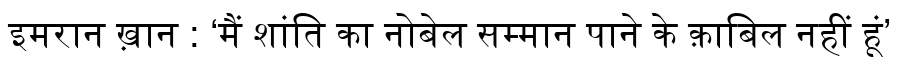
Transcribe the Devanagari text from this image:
इमरान ख़ान : ‘मैं शांति का नोबेल सम्मान पाने के क़ाबिल नहीं हूं’